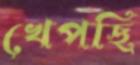
খেপছি